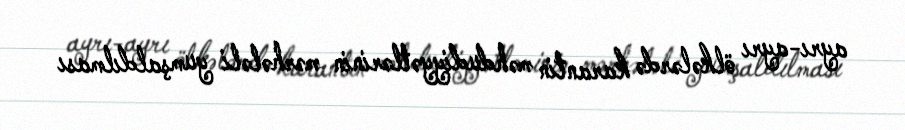
ayrı-ayrı ölkələrdə karantin məhdudiyyətlərinin mərhələli yumşaldılması